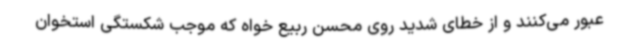
عبور می‌کنند و از خطای شدید روی محسن ربیع خواه که موجب شکستگی استخوان